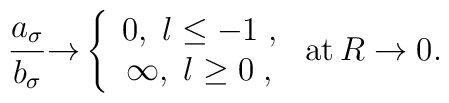
\frac{a_{\sigma }}{b_{\sigma }}{\rightarrow }\left\{ \begin{array}{c}0,\;l\leq -1\;, \\ \infty ,\;l\geq 0\;,\end{array}\right. \,{\rm at}\,R\rightarrow 0.